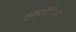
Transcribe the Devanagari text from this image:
तत्वचंद्रिका